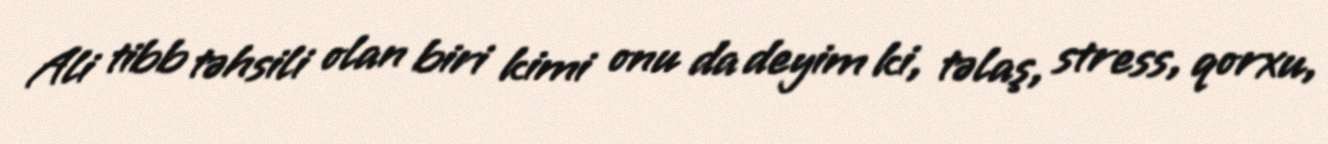
Ali tibb təhsili olan biri kimi onu da deyim ki, təlaş, stress, qorxu,